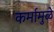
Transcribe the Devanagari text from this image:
कर्मामुळे